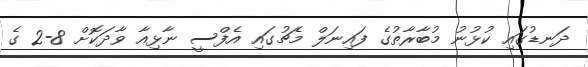
ދަނޑުގައި ކުޅުނު މުބާރާތުގެ ފައިނަލް މެޗުގައި އެފްސީ ނާޅިއާ ވާދަކޮށް 8-2 ގެ